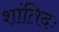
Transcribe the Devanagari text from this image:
शांतिदः